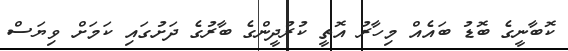
ކޮބާނީގެ ބޮޑު ބައެއް މިހާރު އޮތީ ކުރުދީންގެ ބާރުގެ ދަށުގައި ކަމަށް ވިޔަސް